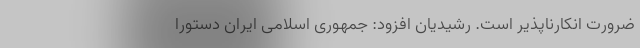
ضرورت انکارناپذیر است. ‌رشیدیان افزود: جمهوری اسلامی ایران دستورا